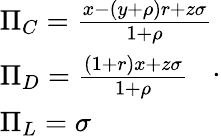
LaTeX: \begin{array}{l}{\Pi_{C}=\frac{x-(y+\rho)r+z\sigma}{1+\rho}}\\ {\Pi_{D}=\frac{(1+r)x+z\sigma}{1+\rho}}\\ {\Pi_{L}=\sigma}\end{array}.